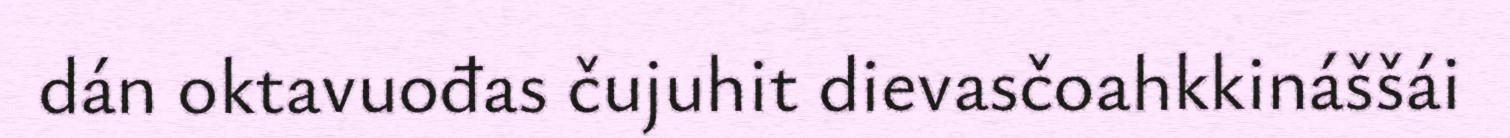
dán oktavuođas čujuhit dievasčoahkkináššái